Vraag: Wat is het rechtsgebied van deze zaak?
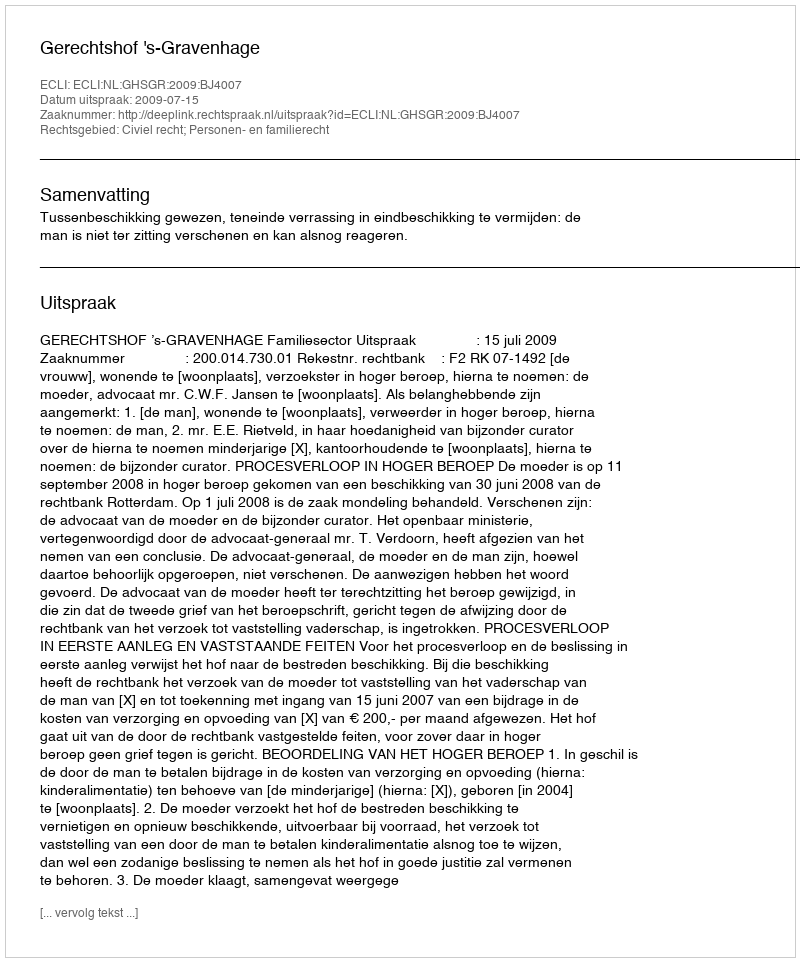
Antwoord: Civiel recht; Personen- en familierecht